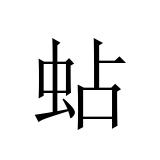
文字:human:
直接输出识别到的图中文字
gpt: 蛅